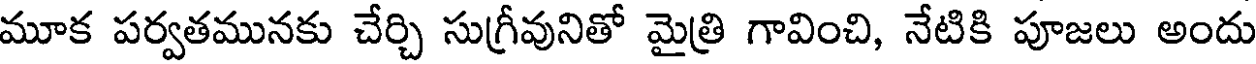
మూక పర్వతమునకు చేర్చి సుగ్రీవునితో మైత్రి గావించి, నేటికి పూజలు అందు